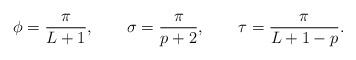
LaTeX: \begin{align*}\phi=\frac{\pi}{L+1},\qquad \sigma=\frac{\pi}{p+2},\qquad \tau=\frac{\pi}{L+1-p}.\end{align*}